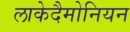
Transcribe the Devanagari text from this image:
लाकेदैमोनियन